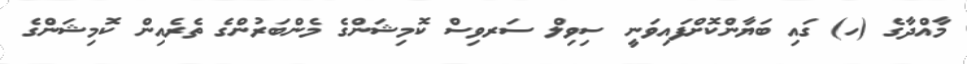
މާއްދާގެ (ހ) ގައި ބަޔާންކޮށްފައިވަނީ ސިވިލް ސަރވިސް ކޮމިޝަންގެ މެންބަރުންގެ ތެރެއިން ކޮމިޝަންގެ